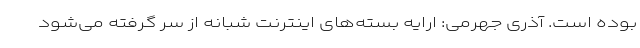
بوده است. آذری جهرمی: ارایه بسته‌های اینترنت شبانه از سر گرفته می‌شود